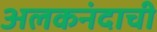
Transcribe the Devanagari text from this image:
अलकनंदाची